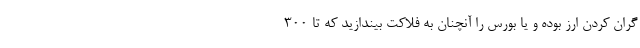
گران کردن ارز بوده و یا بورس را آنچنان به فلاکت بیندازید که تا ۳۰۰